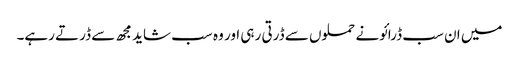
میں ان سب ڈرائونے حملوں سے ڈرتی رہی اور وہ سب شاید مجھ سے ڈرتے رہے۔